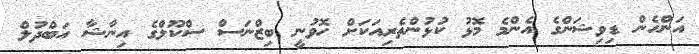
އަންހެން ޑިވިޝަންގެ އެންމެ މޮޅު ކުޅުންތެރިއަކަށް ހޮވުނީ ބިޒްނަސް ސްކޫލްގެ އިނާޝާ އަބްދުލް